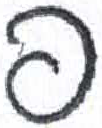
אות: פ